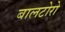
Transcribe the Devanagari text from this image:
बालटोरो